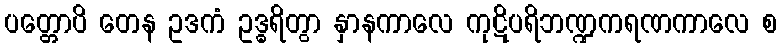
ပတ္တောပိ တေန ဥဒကံ ဥဒ္ဓရိတွာ နှာနကာလေ ကုဋိပရိဘဏ္ဍကရဏကာလေ စ